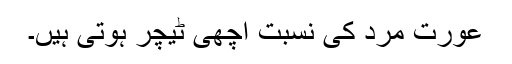
عورت مرد کی نسبت اچھی ٹیچر ہوتی ہیں۔